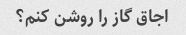
اجاق گاز را روشن کنم؟